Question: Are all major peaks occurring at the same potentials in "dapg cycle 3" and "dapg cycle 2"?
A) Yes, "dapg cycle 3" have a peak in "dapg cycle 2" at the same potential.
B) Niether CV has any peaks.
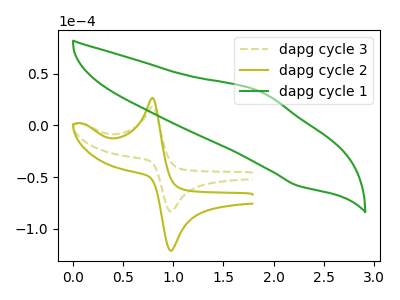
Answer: <think>The olive dashed curve "dapg cycle 3" has an anodic peak at (0.80V, 18.25uA) and a cathodic peak at (1.00V, -83.45uA). The olive curve "dapg cycle 2" has an anodic peak at (0.80V, 26.55uA) and a cathodic peak at (1.00V, -121.30uA). The green curve "dapg cycle 1" has an anodic peak at (1.85V, 32.70uA) and a cathodic peak at (2.25V, -58.45uA).</think>
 <answer>A) Yes, "dapg cycle 3" have a peak in "dapg cycle 2" at the same potential.</answer>
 <eval>A</eval>